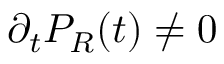
\partial _ { t } P _ { R } ( t ) \neq 0